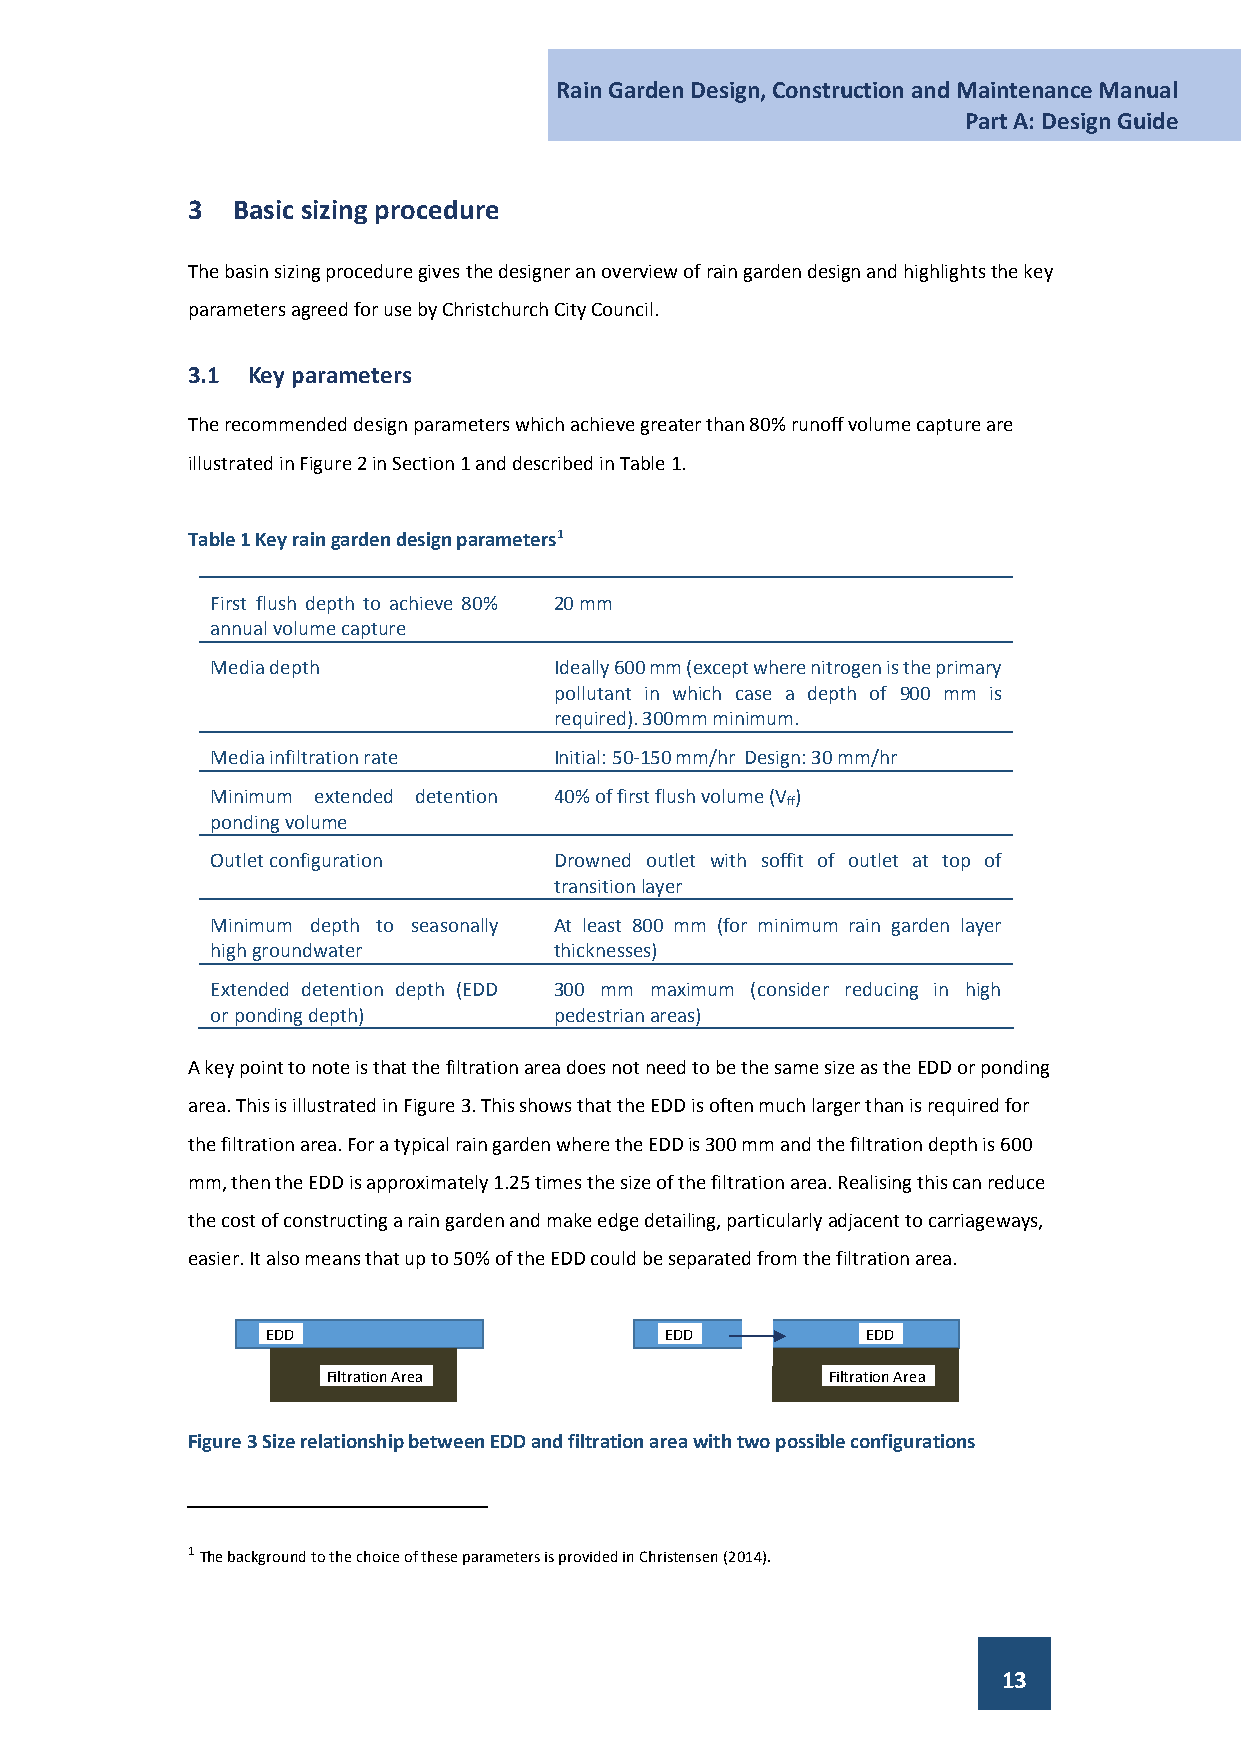
Rain Garden Design, Construction and Maintenance Manual
 Part A: Design Guide
 3  Basic sizing procedure
 The basin sizing procedure gives the designer an overview of rain garden design and highlights the key
 parameters agreed for use by Christchurch City Council.
 3.1 Key parameters
 The recommended design parameters which achieve greater than 80% runoff volume capture are
 illustrated in Figure 2 in Section 1 and described in Table 1.
 Table 1 Key rain garden design parameters1
 First flush depth to achieve 80% 20 mm
 annual volume capture
 Media depth            Ideally 600 mm (except where nitrogen is the primary
 pollutant in which case a depth of 900 mm is
 required). 300mm minimum.
 Media infiltration rate Initial: 50-150 mm/hr Design: 30 mm/hr
 Minimum extended detention 40% of first flush volume (V )
 ff
 ponding volume
 Outlet configuration   Drowned outlet with soffit of outlet at top of
 transition layer
 Minimum depth to seasonally At least 800 mm (for minimum rain garden layer
 high groundwater       thicknesses)
 Extended detention depth (EDD 300 mm maximum (consider reducing in high
 or ponding depth)      pedestrian areas)
 A key point to note is that the filtration area does not need to be the same size as the EDD or ponding
 area. This is illustrated in Figure 3. This shows that the EDD is often much larger than is required for
 the filtration area. For a typical rain garden where the EDD is 300 mm and the filtration depth is 600
 mm, then the EDD is approximately 1.25 times the size of the filtration area. Realising this can reduce
 the cost of constructing a rain garden and make edge detailing, particularly adjacent to carriageways,
 easier. It also means that up to 50% of the EDD could be separated from the filtration area.
 EDD                       EDD          EDD
 Filtration Area                  Filtration Area
 Figure 3 Size relationship between EDD and filtration area with two possible configurations
 1 The background to the choice of these parameters is provided in Christensen (2014).
 13